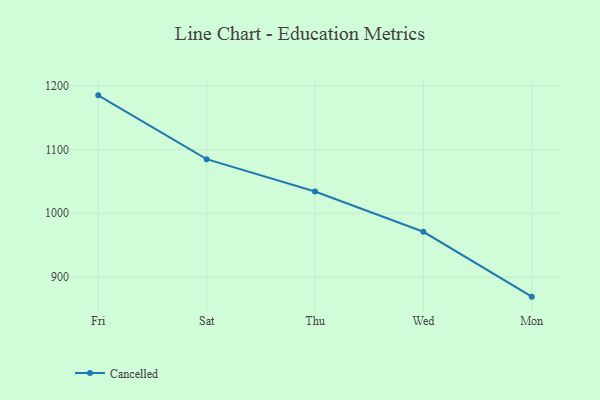
{"axis": {"x": "Day", "y": "Waste Production (Tons)"}, "legend": ["Cancelled"], "data": [{"x": "Fri", "y": 1184.9, "type": "Cancelled"}, {"x": "Sat", "y": 1084.8, "type": "Cancelled"}, {"x": "Thu", "y": 1034.2, "type": "Cancelled"}, {"x": "Wed", "y": 971.0, "type": "Cancelled"}, {"x": "Mon", "y": 869.3, "type": "Cancelled"}]}